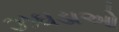
ઝઘડાઓ